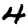
Digit: 4